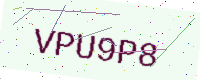
Text: VPU9P8